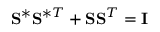
\mathbf { S } ^ { \ast } \mathbf { S } ^ { \ast T } + \mathbf { S } \mathbf { S } ^ { T } = \mathbf { I }